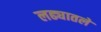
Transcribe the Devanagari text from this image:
लढ्यातले